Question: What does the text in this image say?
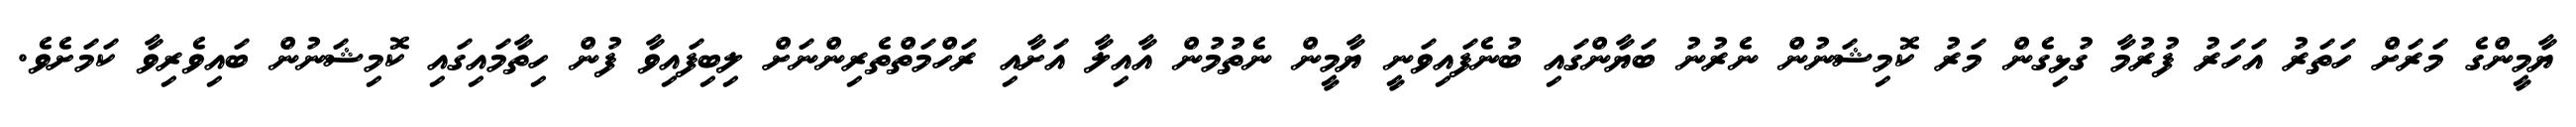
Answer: ޔާމީންގެ މަރަށް ހަތަރު އަހަރު ފުރުމާ ގުޅިގެން މަރު ކޮމިޝަނުން ނެރުނު ބަޔާންގައި ބުނެފައިވަނީ ޔާމީން ނެތުމުން އާއިލާ އަށާއި ރަހްމަތްތެރިންނަށް ލިބިފައިވާ ފުން ހިތާމައިގައި ކޮމިޝަނުން ބައިވެރިވާ ކަމަށެވެ.